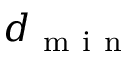
d _ { \mathrm { ~ m ~ i ~ n ~ } }